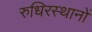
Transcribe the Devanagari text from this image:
रुधिरस्थानों